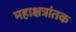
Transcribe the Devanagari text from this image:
महाक्षत्रांतक